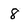
Character: 8